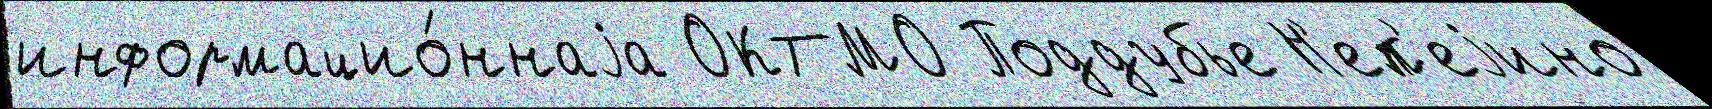
информацио́ннаjа ОКТМО Поддубье Н'еп'еjино